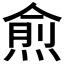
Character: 𭵙